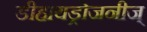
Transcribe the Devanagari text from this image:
डीहायड्रोजनीज्